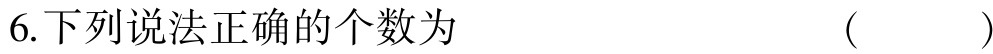
6.下列说法正确的个数为  ( )